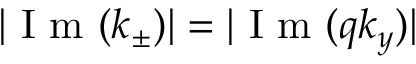
| \mathrm { ~ I ~ m ~ } ( k _ { \pm } ) | = | \mathrm { ~ I ~ m ~ } ( q k _ { y } ) |